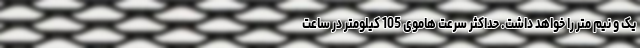
یک و نیم متر را خواهد داشت. حداکثر سرعت هاموی 105 کیلومتر در ساعت